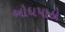
બોધપાઠો